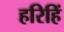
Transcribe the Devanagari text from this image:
हरिहिं